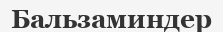
Бальзаминдер